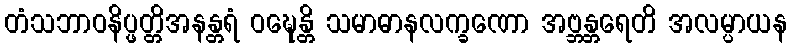
တံသဘာဝနိပ္ဖတ္တိအနန္တရံ ဝဍ္ဎေန္တိ သမာဓာနလက္ခဏော အဗ္ဘန္တရေတိ အလမ္ပာယန